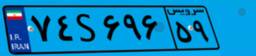
۷۷S۹۰۷۶۳